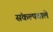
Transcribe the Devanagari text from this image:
संकल्पवाले